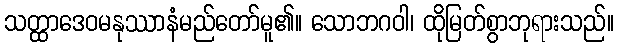
သတ္ထာဒေဝမနုဿာနံမည်တော်မူ၏။ သောဘဂဝါ၊ ထိုမြတ်စွာဘုရားသည်။